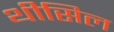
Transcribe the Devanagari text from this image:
थीसिल